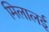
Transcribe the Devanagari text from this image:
मिलालई